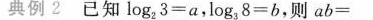
典例2 已知 log _{2}^3=a,log _{3}^8=b,则 ab=